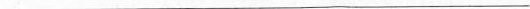
___